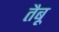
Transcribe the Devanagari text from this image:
तैबू